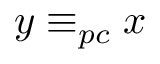
y \equiv _ { p c } x